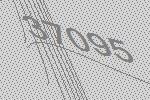
37095